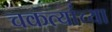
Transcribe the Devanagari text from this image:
चकत्यांच्या